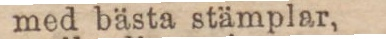
med bästa stämplar,